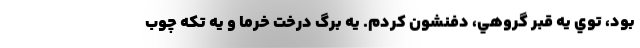
بود، توي يه قبر گروهي، دفنشون كردم. يه برگ درخت خرما و يه تكه چوب